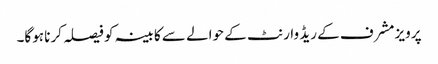
پرویز مشرف کے ریڈ وارنٹ کے حوالے سے کابینہ کو فیصلہ کرنا ہوگا۔